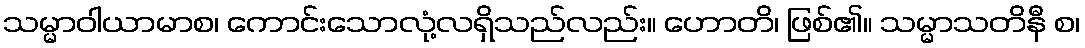
သမ္မာဝါယာမာစ၊ ကောင်းသောလုံ့လရှိသည်လည်း။ ဟောတိ၊ ဖြစ်၏။ သမ္မာသတိနီ စ၊